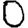
Digit: 0